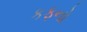
કફનો